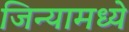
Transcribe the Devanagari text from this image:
जिन्यामध्ये